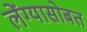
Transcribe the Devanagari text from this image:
लेंग्यासोबत